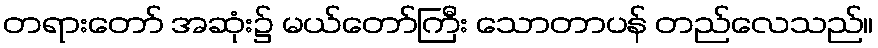
တရားတော် အဆုံး၌ မယ်တော်ကြီး သောတာပန် တည်လေသည်။